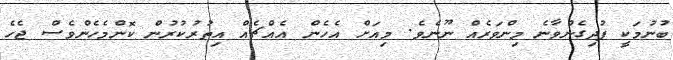
ބުނުމަކީ ފުދިގެންވާނެ މިންވަރެއް ނޫނެވެ. މިއަށް އެހެން އެއްޗެއް އިތުރުކުރުން ކޮންމެހެންވެސް ޖެހެ